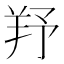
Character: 𦍗